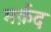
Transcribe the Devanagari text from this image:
मर्क़द